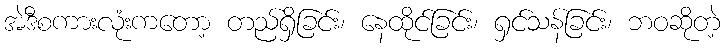
အဲဒီစကားလုံးကတော့ တည်ရှိခြင်း၊ နေထိုင်ခြင်း၊ ရှင်သန်ခြင်း၊ ဘဝဆိုတဲ့